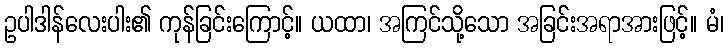
ဥပါဒါန်လေးပါး၏ ကုန်ခြင်းကြောင့်။ ယထာ၊ အကြင်သို့သော အခြင်းအရာအားဖြင့်။ မံ၊